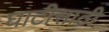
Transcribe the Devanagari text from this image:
घाटीसाठी